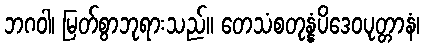
ဘဂဝါ၊ မြတ်စွာဘုရားသည်။ တေသံစတုန္နံပိဒေဝပုတ္တာနံ၊